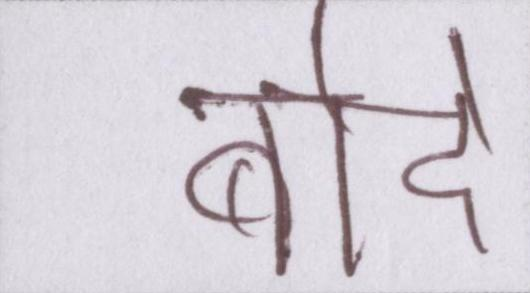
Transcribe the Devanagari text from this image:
बोदे